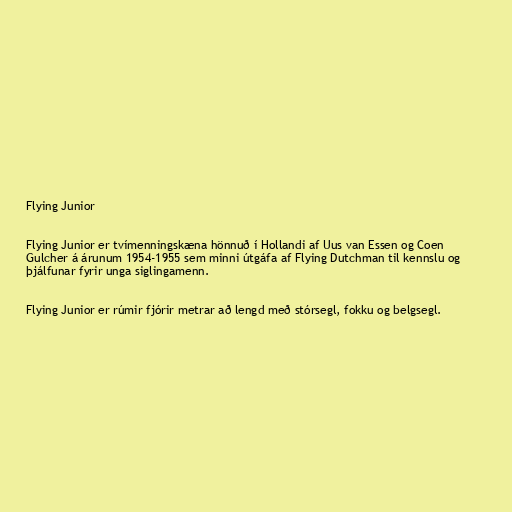
Flying Junior

Flying Junior er tvímenningskæna hönnuð í Hollandi af Uus van Essen og Coen
Gulcher á árunum 1954-1955 sem minni útgáfa af Flying Dutchman til kennslu og
þjálfunar fyrir unga siglingamenn.

Flying Junior er rúmir fjórir metrar að lengd með stórsegl, fokku og belgsegl.